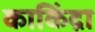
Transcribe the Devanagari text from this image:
काकिंद्रा